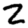
Digit: 2